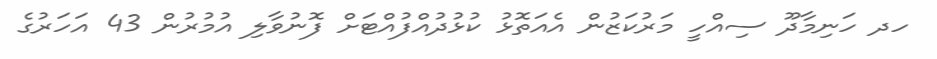
ހދ ހަނިމާދޫ ސިއްހީ މަރުކަޒުން އެއަތޮޅު ކުޅުދުއްފުއްޓަށް ފޮނުވާލި އުމުރުން 43 އަހަރުގެ